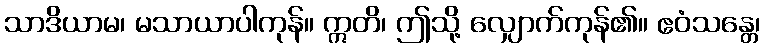
သာဒိယာမ၊ မသာယာပါကုန်။ ဣတိ၊ ဤသို့ လျှောက်ကုန်၏။ ဧဝံသန္တေ၊